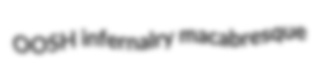
OOSH infernalry macabresque